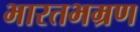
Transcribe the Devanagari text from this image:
भारतभम्रण